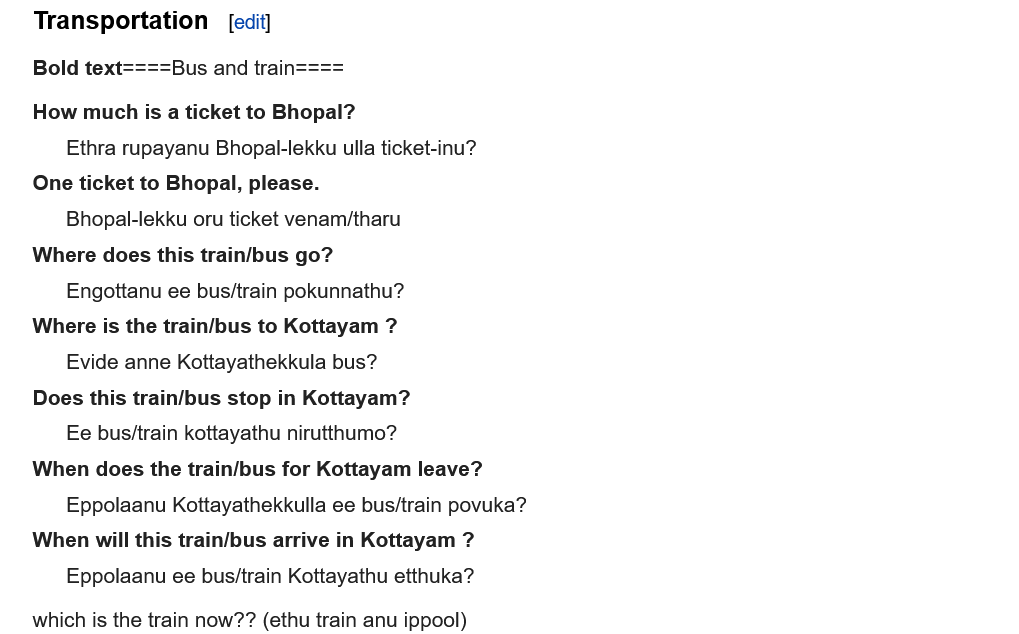
Transportation    [edit]
     ‘Bus and train-
    How much is a ticket to Bhopal?
     Ethra rupayanu Bhopal-lekku ulla ticket-inu?
    One ticket to Bhopal, please.
     Bhopal-lekku oru ticket venam/tharu
    Where does this train/bus go?
     Engottanu ee bus/train pokunnathu?
    Where is the train/bus to Kottayam ?
     Evide anne Kottayathekkula bus?
    Does this train/bus stop in Kottayam?
     Ee bus/train kottayathu nirutthumo?
    When does the train/bus for Kottayam leave?
     Eppolaanu Kottayathekkulla ee bus/train povuka?
    When will this train/bus arrive in Kottayam ?
     Eppolaanu ee bus/train Kottayathu etthuka?
    which is the train now?? (ethu train anu ippool)